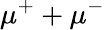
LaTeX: \mu^{+}+\mu^{-}